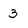
Character: 3